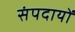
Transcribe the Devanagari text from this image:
संपदायों